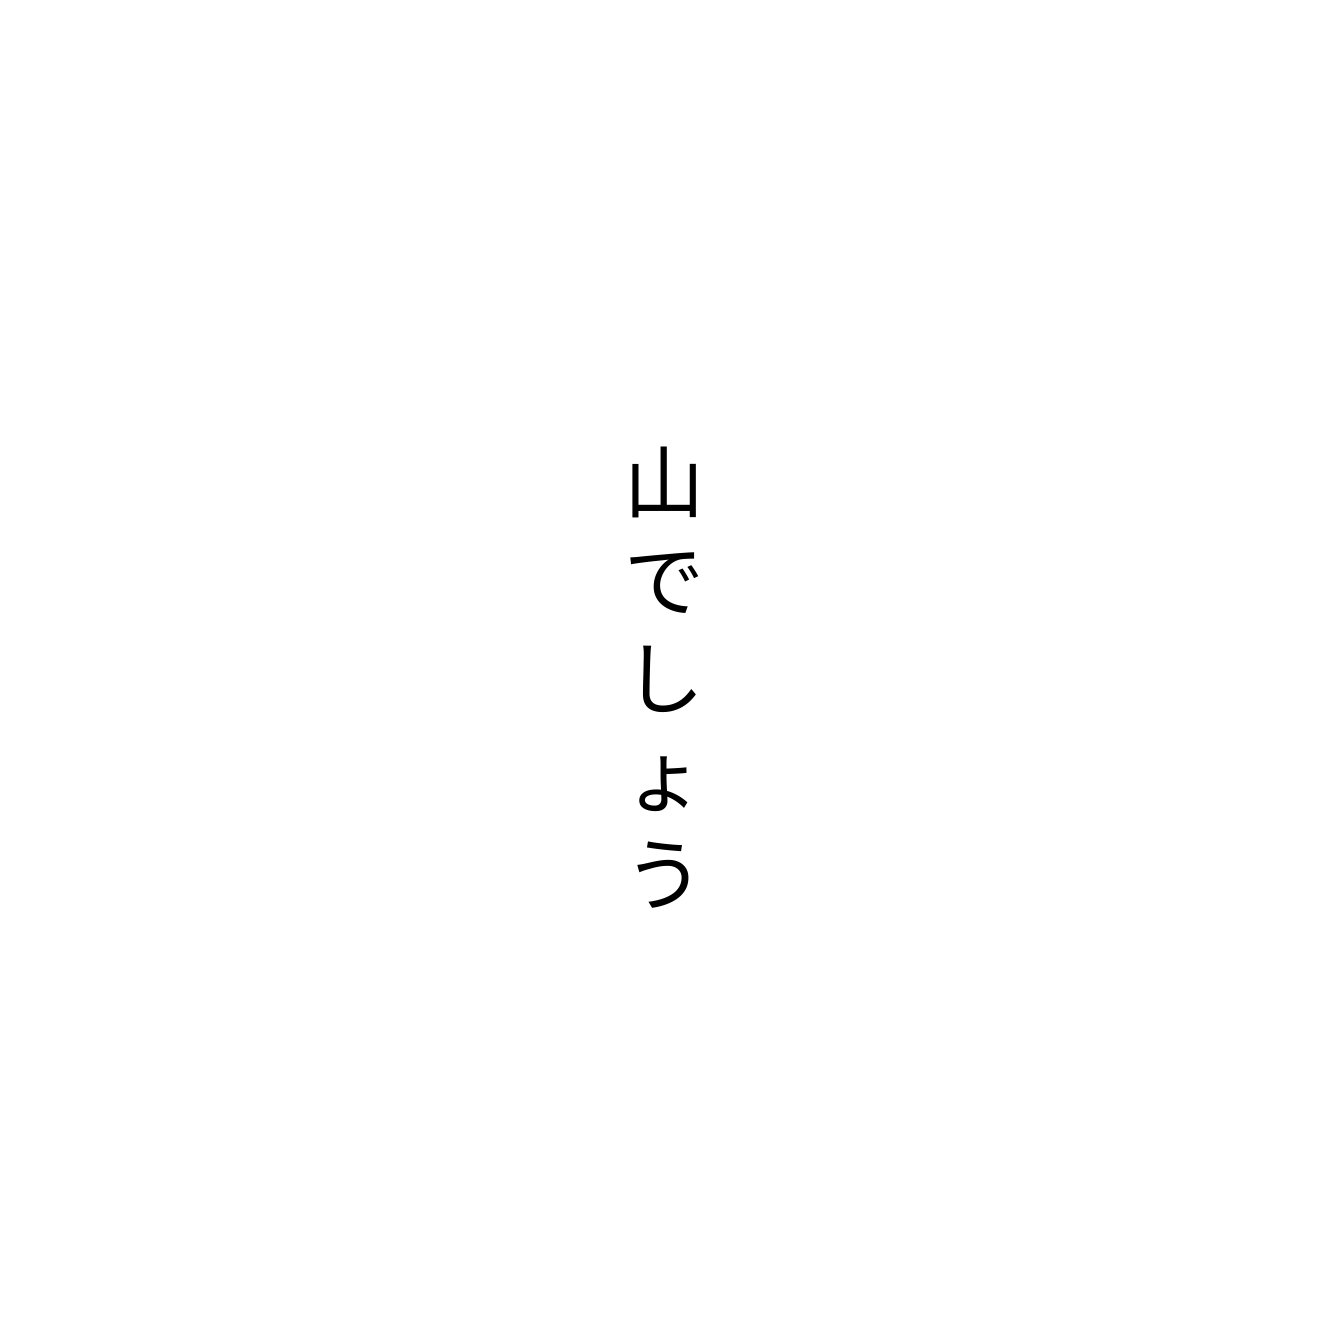
山でしょう